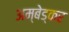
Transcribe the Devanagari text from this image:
अम्बेड्कर